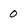
Character: 0